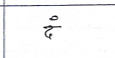
मजकूर: दं